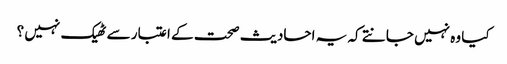
کیا وہ نہیں جانتے کہ یہ احادیث صحت کے اعتبار سے ٹھیک نہیں ؟